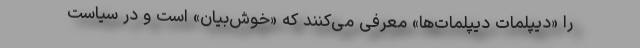
را «دیپلمات دیپلمات‌ها» معرفی می‌کنند که «خوش‌بیان» است و در سیاست